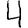
Digit: 4